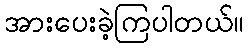
အားပေးခဲ့ကြပါတယ်။